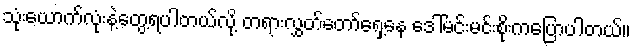
သုံးယောက်လုံးနဲ့တွေ့ရပါတယ်လို့ တရားလွှတ်တော်ရှေ့နေ ဒေါ်မင်းမင်းစိုးကပြောပါတယ်။